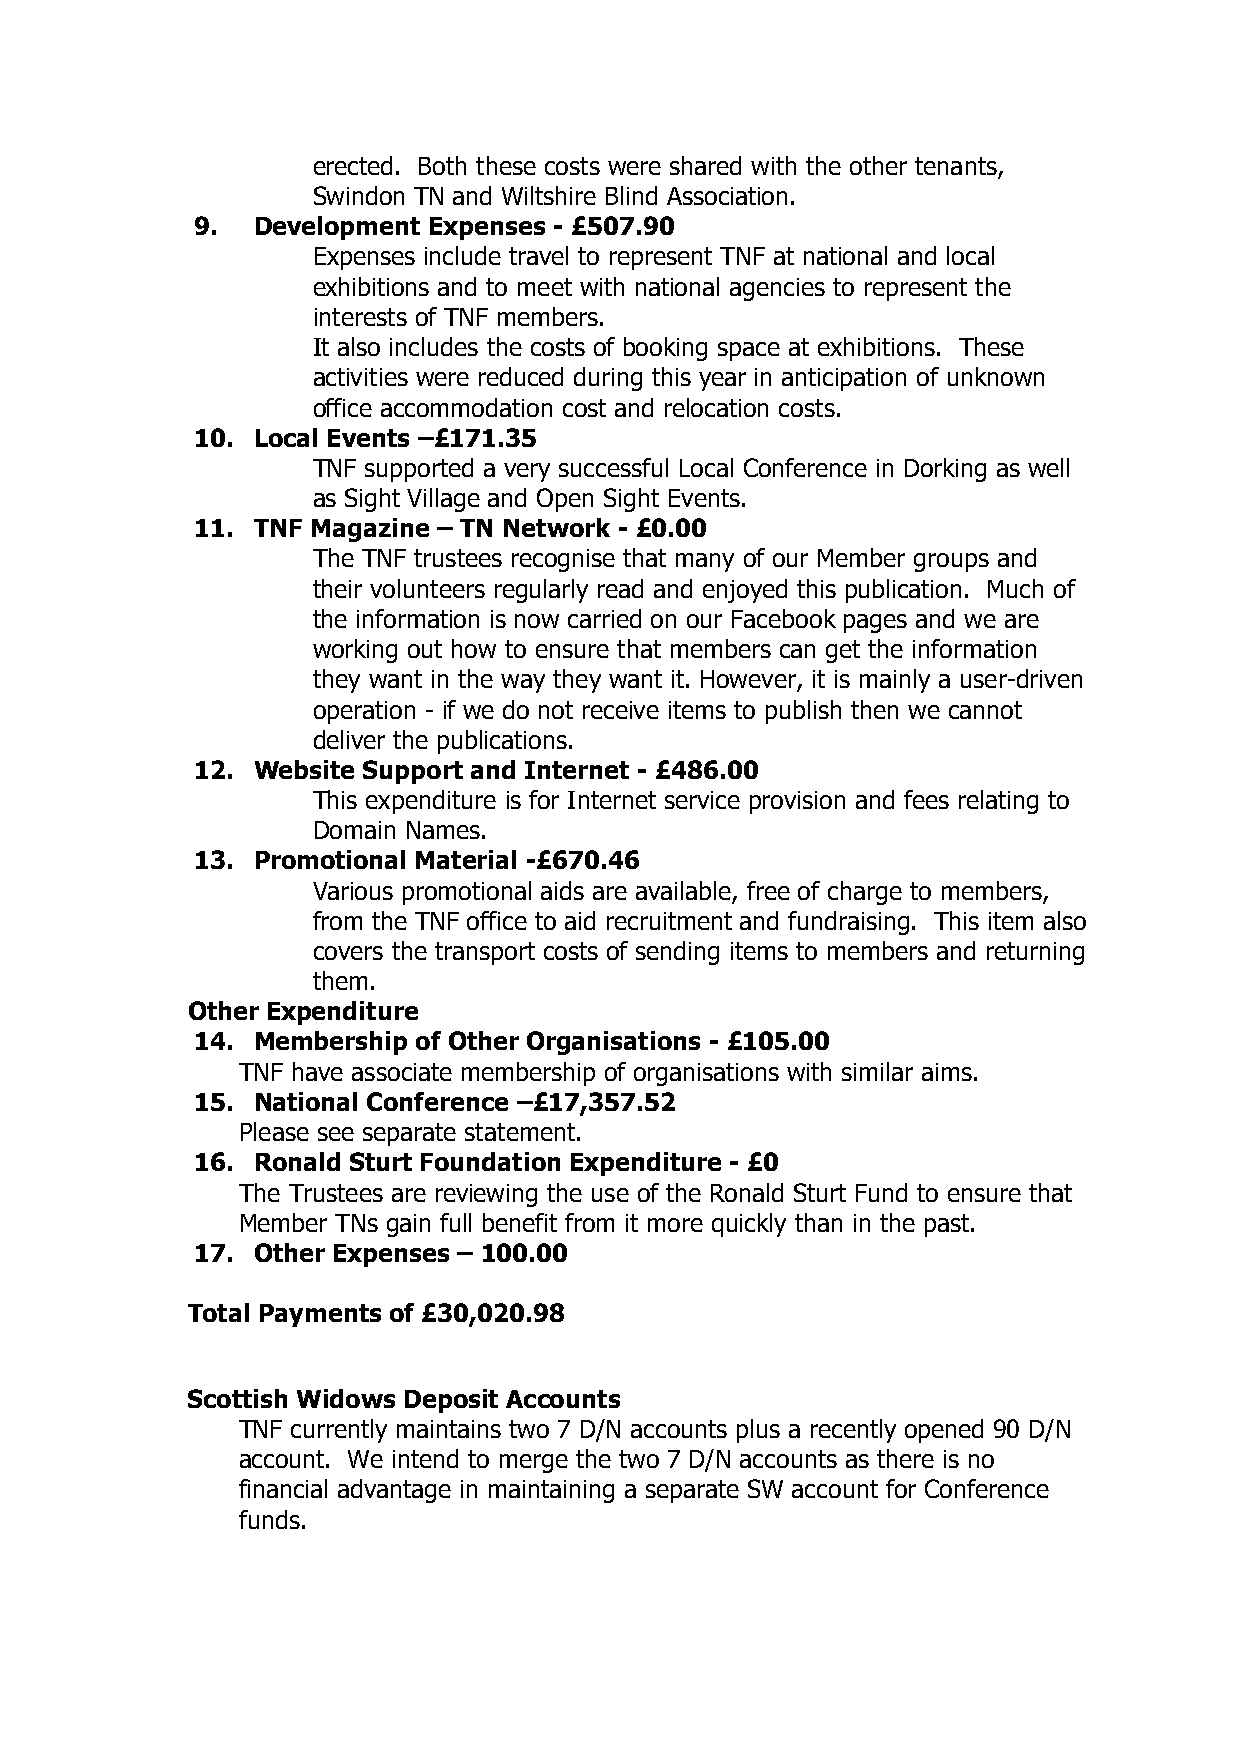
erected. Both these costs were shared with the other tenants,
 Swindon TN and Wiltshire Blind Association.
 9.  Development Expenses - £507.90
 Expenses include travel to represent TNF at national and local
 exhibitions and to meet with national agencies to represent the
 interests of TNF members.
 It also includes the costs of booking space at exhibitions. These
 activities were reduced during this year in anticipation of unknown
 office accommodation cost and relocation costs.
 10. Local Events –£171.35
 TNF supported a very successful Local Conference in Dorking as well
 as Sight Village and Open Sight Events.
 11. TNF Magazine – TN Network - £0.00
 The TNF trustees recognise that many of our Member groups and
 their volunteers regularly read and enjoyed this publication. Much of
 the information is now carried on our Facebook pages and we are
 working out how to ensure that members can get the information
 they want in the way they want it. However, it is mainly a user-driven
 operation - if we do not receive items to publish then we cannot
 deliver the publications.
 12. Website Support and Internet - £486.00
 This expenditure is for Internet service provision and fees relating to
 Domain Names.
 13. Promotional Material -£670.46
 Various promotional aids are available, free of charge to members,
 from the TNF office to aid recruitment and fundraising. This item also
 covers the transport costs of sending items to members and returning
 them.
 Other Expenditure
 14. Membership of Other Organisations - £105.00
 TNF have associate membership of organisations with similar aims.
 15. National Conference –£17,357.52
 Please see separate statement.
 16. Ronald Sturt Foundation Expenditure - £0
 The Trustees are reviewing the use of the Ronald Sturt Fund to ensure that
 Member TNs gain full benefit from it more quickly than in the past.
 17. Other Expenses – 100.00
 Total Payments of £30,020.98
 Scottish Widows Deposit Accounts
 TNF currently maintains two 7 D/N accounts plus a recently opened 90 D/N
 account. We intend to merge the two 7 D/N accounts as there is no
 financial advantage in maintaining a separate SW account for Conference
 funds.